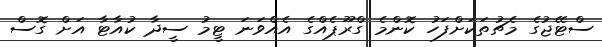
ސްޓޭޖުގެ މެޗުތަކަށްފަހު ކޮންމެ ގްރޫޕެއްގެ އެއްވަނަ ޓީމު ސީދާ ކުއާޓާ އަށް ގޮސް